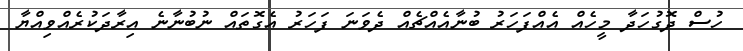
ހުސްް ދޮގުހަދާ މީހެއް އެއްފަހަރު ބުނާއެއްޗެއް ދެވަނަ ފަހަރު އެގޮތައް ނުބުނާނެ އިރާދަކުރެއްވިއްޔާ